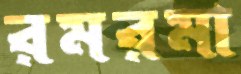
রমরমা